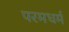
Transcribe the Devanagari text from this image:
परमधर्म